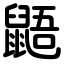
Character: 鼯